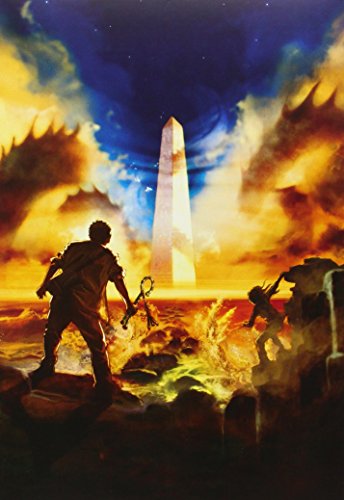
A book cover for The Kane Chronicles Box Set; Rick Riordan; Children's Books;